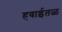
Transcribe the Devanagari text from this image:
हवाईतळ